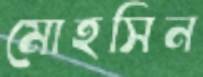
মোহসিন